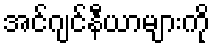
အင်ဂျင်နီယာများကို